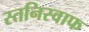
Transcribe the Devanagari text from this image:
स्तनिस्वाफ